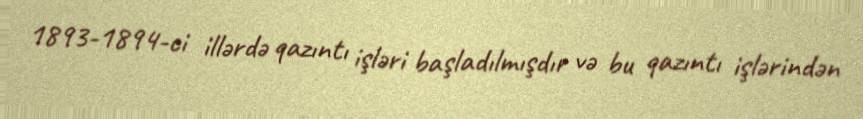
1893-1894-ci illərdə qazıntı işləri başladılmışdır və bu qazıntı işlərindən